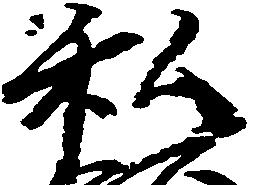
私